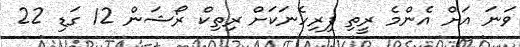
ވަނަ އަށް އެންމެ ރީތި ފިރިހެނަކަށް ރިތިކް ރޯޝަން 12 ގަޑި 22